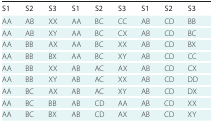
<table><thead><tr><td><b>S1</b></td><td><b>S2</b></td><td><b>S3</b></td><td><b>S1</b></td><td><b>S2</b></td><td><b>S3</b></td><td><b>S1</b></td><td><b>S2</b></td><td><b>S3</b></td></tr></thead><tbody><tr><td>AA</td><td>AB</td><td>XX</td><td>AA</td><td>BC</td><td>CC</td><td>AB</td><td>CD</td><td>BB</td></tr><tr><td>AA</td><td>AB</td><td>XY</td><td>AA</td><td>BC</td><td>CX</td><td>AB</td><td>CD</td><td>BC</td></tr><tr><td>AA</td><td>BB</td><td>AX</td><td>AA</td><td>BC</td><td>XX</td><td>AB</td><td>CD</td><td>BX</td></tr><tr><td>AA</td><td>BB</td><td>BX</td><td>AA</td><td>BC</td><td>XY</td><td>AB</td><td>CD</td><td>CC</td></tr><tr><td>AA</td><td>BB</td><td>XX</td><td>AB</td><td>AC</td><td>AX</td><td>AB</td><td>CD</td><td>CX</td></tr><tr><td>AA</td><td>BB</td><td>XY</td><td>AB</td><td>AC</td><td>XX</td><td>AB</td><td>CD</td><td>DD</td></tr><tr><td>AA</td><td>BC</td><td>AX</td><td>AB</td><td>AC</td><td>XY</td><td>AB</td><td>CD</td><td>DX</td></tr><tr><td>AA</td><td>BC</td><td>BB</td><td>AB</td><td>CD</td><td>AA</td><td>AB</td><td>CD</td><td>XX</td></tr><tr><td>AA</td><td>BC</td><td>BX</td><td>AB</td><td>CD</td><td>AX</td><td>AB</td><td>CD</td><td>XY</td></tr></tbody></table>